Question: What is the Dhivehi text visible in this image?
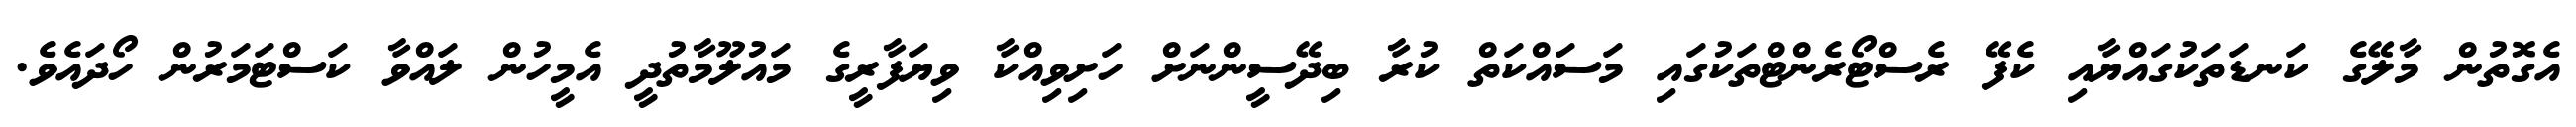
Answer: އެގޮތުން މާލޭގެ ކަނޑަތަކުގައްޔާއި ކެފޭ ރެސްޓޯރެންޓްތަކުގައި މަސައްކަތް ކުރާ ބިދޭސީންނަށް ހަށިވިއްކާ ވިޔަފާރީގެ މައުލޫމާތުދީ އެމީހުން ލައްވާ ކަސްޓަމަރުން ހޯދައެވެ.